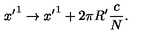
{ x ^ { \prime } } ^ { 1 } \rightarrow { x ^ { \prime } } ^ { 1 } + 2 \pi R ^ { \prime } \frac { c } { N } .